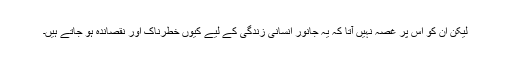
لیکن ان کو اس پر غصہ نہیں آتا کہ یہ جانور انسانی زندگی کے لیے کیوں خطرناک اور نقصاندہ ہو جاتے ہیں۔